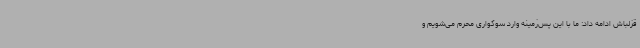
قزلباش ادامه داد: ما با این پس‌زمینه وارد سوگواری محرم می‌شویم و